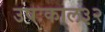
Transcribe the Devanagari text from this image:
उषःकाल३२